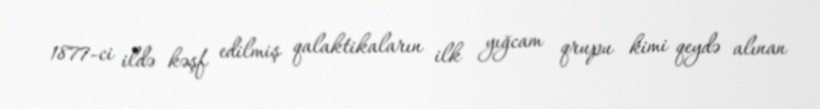
1877-ci ildə kəşf edilmiş qalaktikaların ilk yığcam qrupu kimi qeydə alınan